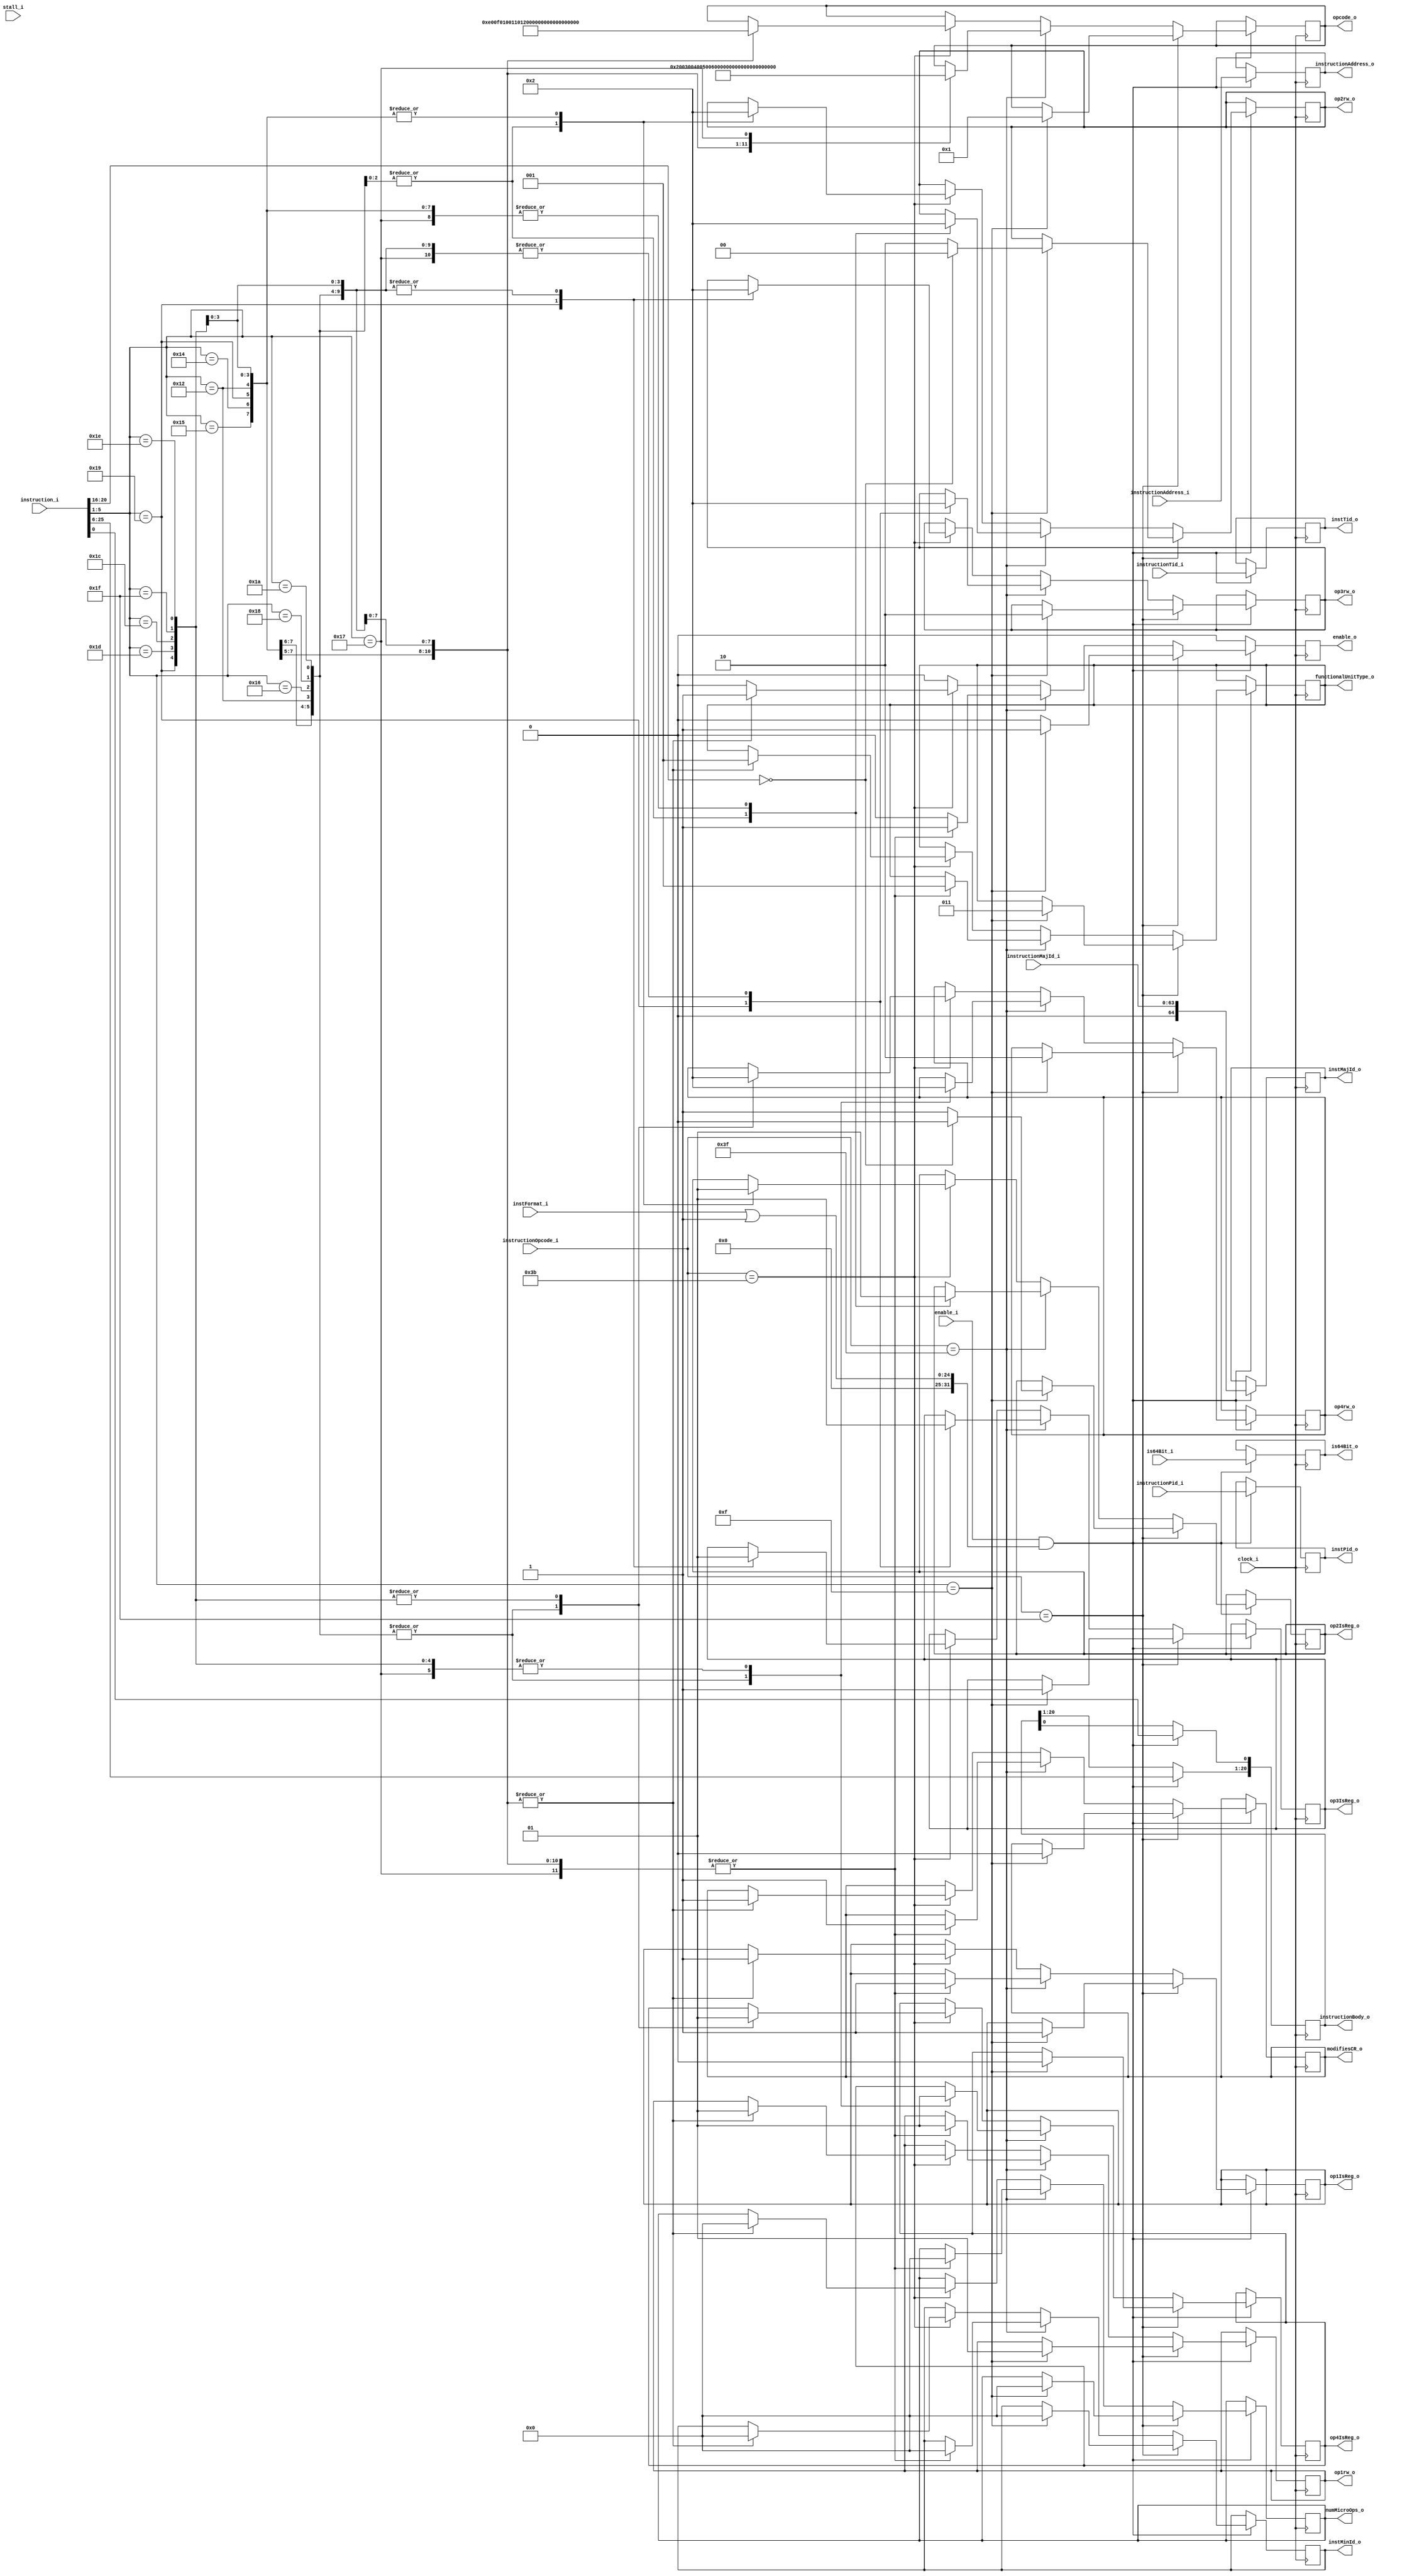
`timescale 1ns / 1ps
//`define DEBUG
//`define DEBUG_PRINT
//`define QUIET_INVALID
/*/////////Format decode/////////////
Writen by Josh "Hakaru" Cantwell - 02.12.2022

This decoder implements all A format instruction specified in the POWER ISA version 3.0B.
This decoder implements opcodes 1-24

TODO:
Implement outputs for special registers access

A format instructions are composed of 4 register sized operands and a single 1 bit flag however not all are used for every instruction, in that case they are ignored.
These are described as below:
Operand 1 [6:11]
FRT - Field used to specify a FPR to be used as a target
RT - Field used o specify a GPR to be used as a target

Operand 2 [11:15]
Na - Not used
FRA - Field used to specify a FPR to be used as a source
RA - Field used to specify a GTP to be used as a source or a target

Operand 3 [16:20]
FRB - Field used to specify a FPR to be used as a source
Na - Not used
RB - Field used to specify a GTP to be used as a source

operand 4 [21:25]
Na - Not used
FRC - Field used to specify a FPR to be used as a source
BC - Used to specify a bit in the CR to be used as a source

operand 5 [31]
RC - Record bit, if RC == 0, do not alter CR, if RC == 1, set teh CR field 0 or field 1 as described in section 2.3.1 on page 30 of POWER ISA version 3.0B

A format instructions are:
Integer select
Floating Add
Floating Subtract
Floating Multiply
Floating Divide
Floating Square Root
Floating Reciprocal Estimate
Floating Reciprocal Square Root Estimate
Floating Multiply-Add
Floating Multiply-Subtract
Floating Negative Multiply-Add
Floating Negative Multiply-Subtract
Floating Select
Floating Add Single
Floating Subtract Single
Floating Multiply Single
Floating Divide Single
Floating Square Root Single
Floating Reciprocal Estimate Single
Floating Reciprocal Square Root Estimate Single
Floating Multiply-Add Single
Floating Multiply-Subtract Single
Floating Negative Multiply-Add Single
Floating Negative Multiply-Subtract Single
*/

module AFormatDecoder
#(
    parameter addressWidth = 64, //addresses are 64 bits wide
    parameter instructionWidth = 4 * 8, // POWER instructions are 4 byte fixed sized
    parameter PidSize = 32, parameter TidSize = 64,
    parameter instructionCounterWidth = 64,// 64 bit counter to uniquly identify instructions, this is known as the major ID as instructions may be broken into micro instructions which will have the same major ID yet unique minor IDs
    parameter instMinIdWidth = 5,
    parameter opcodeSize = 12,
    parameter PrimOpcodeSize = 6, parameter regSize = 5, parameter XOSize = 5,
    parameter regAccessPatternSize = 2,//2 bit field, [0] == is read, [1] == is writen. Both can be true EG: (A = A + B)
    parameter regRead = 2'b10, parameter regWrite = 2'b01, 
    parameter immediateSize = 24,
    parameter funcUnitCodeSize = 3, //can have up to 8 types of func unit.
    //FX = int, FP = float, VX = vector, CR = condition, LS = load/store
    parameter FXUnitId = 0, parameter FPUnitId = 1, parameter VXUnitId = 2, parameter CRUnitId = 3, parameter LSUnitId = 4,     
    parameter A = 2**00, parameter ADecoderInstance = 0
)
(
    ///Input
    //command
    input wire clock_i,
`ifdef DEBUG_PRINT 
    input wire reset_i,
`endif
    input wire enable_i, stall_i,
    //Data
    input wire [0:25-1] instFormat_i,
    input wire [0:PrimOpcodeSize-1] instructionOpcode_i,
    input wire [0:instructionWidth-1] instruction_i,
    input wire [0:addressWidth-1] instructionAddress_i,
    input wire is64Bit_i,
    input wire [0:PidSize-1] instructionPid_i,
    input wire [0:TidSize-1] instructionTid_i,
    input wire [0:instructionCounterWidth-1] instructionMajId_i,
    ///Output
    output reg enable_o,
    ///Instrution components
    //Instruction header
    output reg [0:opcodeSize-1] opcode_o,
    output reg [0:addressWidth-1] instructionAddress_o,//address of the instruction
    output reg [0:funcUnitCodeSize-1] functionalUnitType_o,//tells the backend what type of func unit to use
    output reg [0:instructionCounterWidth] instMajId_o,//major ID - the IDs are used to determine instruction order for reordering after execution
    output reg [0:instMinIdWidth-1] instMinId_o, numMicroOps_o,//minor ID - minor ID's are generated in decode. If an instruction generates multiple micro ops they are uniquely identified by the instMinId val. numMicroOps tells the OoO hardware how many uops were generated for the instruction so it can allocate space in the reorder buffer ahead of time
    output reg is64Bit_o,
    output reg [0:PidSize-1] instPid_o,//process ID
    output reg [0:TidSize-1] instTid_o,//Thread ID
    output reg [0:regAccessPatternSize-1] op1rw_o, op2rw_o, op3rw_o, op4rw_o,//reg operand are read/write flags
    output reg op1IsReg_o, op2IsReg_o, op3IsReg_o, op4IsReg_o,//Reg operands isReg flags
    output reg modifiesCR_o,//tells the backend if this instruction is going to need a copy of the CR to modify and writeback
    //Instruction body - data contents are 26 bits wide. There are also flags to include
    output reg [0:4 * regSize] instructionBody_o
);

`ifdef DEBUG_PRINT
integer debugFID;
`endif

always @(posedge clock_i)
begin
    `ifdef DEBUG_PRINT
    if(reset_i)
    begin
        case(ADecoderInstance)//If we have multiple decoders, they each get different files. The second number indicates the decoder# log file.
        0: begin 
            debugFID = $fopen("ADecode0.log", "w");
        end
        1: begin 
            debugFID = $fopen("ADecode1.log", "w");
        end
        2: begin 
            debugFID = $fopen("ADecode2.log", "w");
        end
        3: begin 
            debugFID = $fopen("ADecode3.log", "w");
        end
        4: begin 
            debugFID = $fopen("ADecode4.log", "w");
        end
        5: begin 
            debugFID = $fopen("ADecode5.log", "w");
        end
        6: begin 
            debugFID = $fopen("ADecode6.log", "w");
        end
        7: begin 
            debugFID = $fopen("ADecode7.log", "w");
        end
        endcase
    end
    else `endif if(enable_i == 1 && (instFormat_i | A))
    begin
        `ifndef QUIET_INVALID
        `ifdef DEBUG $display("A format instruction recieved"); `endif
        `ifdef DEBUG_PRINT $fdisplay(debugFID, "A format instruction recieved"); `endif
        `endif
        //Parse the instruction agnostic parts of the instruction
        instructionAddress_o <= instructionAddress_i;
        instMajId_o <= instructionMajId_i;
        instPid_o <= instructionPid_i; instTid_o <= instructionTid_i;
        is64Bit_o <= is64Bit_i;
        //parse the instruction
        instructionBody_o[0+:4 * regSize] <= instruction_i[6:25];//Copy the reg sized fields
        instructionBody_o[4*regSize] <= instruction_i[31];//copy the RC flag

        if(instructionOpcode_i == 31)
        begin
            case(instruction_i[26+:XOSize])
            15: begin//Integer select
                opcode_o <= 1;
                `ifdef DEBUG $display("Decode 2 A-form Inst: %d. Opcode: %b (%d), Xopcode: %b (%d). Integer Select instruction", instructionMajId_i, instructionOpcode_i, instructionOpcode_i, instruction_i[26+:XOSize], instruction_i[26+:XOSize]); `endif
                `ifdef DEBUG_PRINT $fdisplay(debugFID, "Decode 2 A-form Inst: %d. Opcode: %b (%d), Xopcode: %b (%d). Integer Select instruction", instructionMajId_i, instructionOpcode_i, instructionOpcode_i, instruction_i[26+:XOSize], instruction_i[26+:XOSize]); `endif
                //Special Regs: Na
                instMinId_o <= 0;
                numMicroOps_o <= 0;
                functionalUnitType_o <= CRUnitId;

                //Operand isReg and read/write:
                op1IsReg_o <= 1; op1rw_o <= regWrite;
                if(instruction_i[11+:regSize] == 0)//if RA == 0
                begin
                    op2IsReg_o <= 0; op2rw_o <= 2'b00;//treat as imm
                end
                else
                begin
                    op2IsReg_o <= 1; op2rw_o <= regRead;
                end
                
                op3IsReg_o <= 1; op3rw_o <= regRead;
                op4IsReg_o <= 0; op4rw_o <= regRead;
                modifiesCR_o <= 0;
                //set the functional unit to handle the instruction
                enable_o <= 1;
            end
            default: begin
                `ifndef QUIET_INVALID//invalid instructions are not reported to clean up output
                `ifdef DEBUG $display("Decode 2 A-form Inst: %d. Opcode: %b (%d), Xopcode: %b (%d). Invalid instrution revieved", instructionMajId_i, instructionOpcode_i, instructionOpcode_i, instruction_i[26+:XOSize], instruction_i[26+:XOSize]); `endif
                `ifdef DEBUG_PRINT $fdisplay(debugFID, "Decode 2 A-form Inst: %d. Opcode: %b (%d), Xopcode: %b (%d). Invalid instrution revieved", instructionMajId_i, instructionOpcode_i, instructionOpcode_i, instruction_i[26+:XOSize], instruction_i[26+:XOSize]); `endif
                `endif
                enable_o <= 0; 
            end
            endcase
        end
        else if(instructionOpcode_i == 63)
        begin
            case(instruction_i[26+:XOSize])
            21: begin//Floating Add
                `ifdef DEBUG $display("Decode 2 A-form Inst: %d. Opcode: %b (%d), Xopcode: %b (%d). Floating Add", instructionMajId_i, instructionOpcode_i, instructionOpcode_i, instruction_i[26+:XOSize], instruction_i[26+:XOSize]); `endif
                `ifdef DEBUG_PRINT $fdisplay(debugFID, "Decode 2 A-form Inst: %d. Opcode: %b (%d), Xopcode: %b (%d). Floating Add", instructionMajId_i, instructionOpcode_i, instructionOpcode_i, instruction_i[26+:XOSize], instruction_i[26+:XOSize]); `endif
                //Special regs: FPRF FR FI FX OX UX XX VXSNAN VXISI CR1
                opcode_o <= 2;
                instMinId_o <= 0; numMicroOps_o <= 0;

                op1IsReg_o <= 1; op1rw_o <= regWrite;
                op2IsReg_o <= 1; op2rw_o <= regRead;
                op3IsReg_o <= 1; op3rw_o <= regRead;
                op4IsReg_o <= 0; op4rw_o <= 2'b00;//Not used
                functionalUnitType_o <= FPUnitId;    
                modifiesCR_o <= 1; 
                enable_o <= 1;      
            end
            20: begin//Floating Subtract
                `ifdef DEBUG $display("Decode 2 A-form Inst: %d. Opcode: %b (%d), Xopcode: %b (%d). Floating Subtract", instructionMajId_i, instructionOpcode_i, instructionOpcode_i, instruction_i[26+:XOSize], instruction_i[26+:XOSize]); `endif
                `ifdef DEBUG_PRINT $fdisplay(debugFID, "Decode 2 A-form Inst: %d. Opcode: %b (%d), Xopcode: %b (%d). Floating Subtract", instructionMajId_i, instructionOpcode_i, instructionOpcode_i, instruction_i[26+:XOSize], instruction_i[26+:XOSize]); `endif
                //Special regs: FPRF FR FI FX OX UX XX VXSNAN VXISI CR1
                opcode_o <= 3;
                instMinId_o <= 0; numMicroOps_o <= 0;
                op1IsReg_o <= 1; op1rw_o <= regWrite;
                op2IsReg_o <= 1; op2rw_o <= regRead;
                op3IsReg_o <= 1; op3rw_o <= regRead;
                op4IsReg_o <= 0; op4rw_o <= 2'b00;//Not used

                functionalUnitType_o <= FPUnitId;   
                modifiesCR_o <= 1;
                enable_o <= 1;        
            end
            25: begin//Floating Multiply
                `ifdef DEBUG $display("Decode 2 A-form Inst: %d. Opcode: %b (%d), Xopcode: %b (%d). Floating multiply", instructionMajId_i, instructionOpcode_i, instructionOpcode_i, instruction_i[26+:XOSize], instruction_i[26+:XOSize]); `endif
                `ifdef DEBUG_PRINT $fdisplay(debugFID, "Decode 2 A-form Inst: %d. Opcode: %b (%d), Xopcode: %b (%d). Floating multiply", instructionMajId_i, instructionOpcode_i, instructionOpcode_i, instruction_i[26+:XOSize], instruction_i[26+:XOSize]); `endif
                //Special regs: FPRF FR FI FX OX UX XX VXSNAN VXIMZ CR1
                opcode_o <= 4;
                instMinId_o <= 0; numMicroOps_o <= 0;

                op1IsReg_o <= 1; op1rw_o <= regWrite;
                op2IsReg_o <= 1; op2rw_o <= regRead;
                op3IsReg_o <= 0; op3rw_o <= 2'b00;//Not used
                op4IsReg_o <= 1; op4rw_o <= regRead;

                functionalUnitType_o <= FPUnitId;   
                modifiesCR_o <= 1;
                enable_o <= 1;        
            end
            18: begin//Floating Divide
                `ifdef DEBUG $display("Decode 2 A-form Inst: %d. Opcode: %b (%d), Xopcode: %b (%d). Floating divide", instructionMajId_i, instructionOpcode_i, instructionOpcode_i, instruction_i[26+:XOSize], instruction_i[26+:XOSize]); `endif
                `ifdef DEBUG_PRINT $fdisplay(debugFID, "Decode 2 A-form Inst: %d. Opcode: %b (%d), Xopcode: %b (%d). Floating divide", instructionMajId_i, instructionOpcode_i, instructionOpcode_i, instruction_i[26+:XOSize], instruction_i[26+:XOSize]); `endif
                //Special regs: FPRF FR FI FX OX UX XX VXSNAN VXIDI VXZDZ CR1
                opcode_o <= 5;
                instMinId_o <= 0; numMicroOps_o <= 0;
                op1IsReg_o <= 1; op1rw_o <= regWrite;
                op2IsReg_o <= 1; op2rw_o <= regRead;
                op3IsReg_o <= 1; op3rw_o <= regRead;
                op4IsReg_o <= 0; op4rw_o <= 2'b00;//Not used
                
                functionalUnitType_o <= FPUnitId;   
                modifiesCR_o <= 1;
                enable_o <= 1;        
            end
            22: begin//Floating Square Root
                `ifdef DEBUG $display("Decode 2 A-form Inst: %d. Opcode: %b (%d), Xopcode: %b (%d). Floating square root", instructionMajId_i, instructionOpcode_i, instructionOpcode_i, instruction_i[26+:XOSize], instruction_i[26+:XOSize]); `endif
                `ifdef DEBUG_PRINT $fdisplay(debugFID, "Decode 2 A-form Inst: %d. Opcode: %b (%d), Xopcode: %b (%d). Floating square root", instructionMajId_i, instructionOpcode_i, instructionOpcode_i, instruction_i[26+:XOSize], instruction_i[26+:XOSize]); `endif
                //Special regs: FPRF FR FI FX OX UX XX VXSNAN VXSQRT CR1
                opcode_o <= 6;
                instMinId_o <= 0; numMicroOps_o <= 0;
                op1IsReg_o <= 1; op1rw_o <= regWrite;
                op2IsReg_o <= 0; op2rw_o <= 2'b00;//Not used
                op3IsReg_o <= 1; op3rw_o <= regRead;
                op4IsReg_o <= 0; op4rw_o <= 2'b00;//Not used
                
                functionalUnitType_o <= FPUnitId;
                modifiesCR_o <= 1;
                enable_o <= 1;           
            end
            24: begin//Floating Reciprocal Estimate
                `ifdef DEBUG $display("Decode 2 A-form Inst: %d. Opcode: %b (%d), Xopcode: %b (%d). Floating Reciprocal Estimate", instructionMajId_i, instructionOpcode_i, instructionOpcode_i, instruction_i[26+:XOSize], instruction_i[26+:XOSize]); `endif
                `ifdef DEBUG_PRINT $fdisplay(debugFID, "Decode 2 A-form Inst: %d. Opcode: %b (%d), Xopcode: %b (%d). Floating Reciprocal Estimate", instructionMajId_i, instructionOpcode_i, instructionOpcode_i, instruction_i[26+:XOSize], instruction_i[26+:XOSize]); `endif
                //Special regs: FPRF FR (undefined) FI (undefined) FX OX UX XX (undefined) VXSNAN CR1
                opcode_o <= 7;
                instMinId_o <= 0; numMicroOps_o <= 0;
                op1IsReg_o <= 1; op1rw_o <= regWrite;
                op2IsReg_o <= 0; op2rw_o <= 2'b00;//Not used
                op3IsReg_o <= 1; op3rw_o <= regRead;
                op4IsReg_o <= 0; op4rw_o <= 2'b00;//Not used
                functionalUnitType_o <= FPUnitId;  
                modifiesCR_o <= 1;
                enable_o <= 1;         
            end
            26: begin//Floating Reciprocal Square Root Estimate
                `ifdef DEBUG $display("Decode 2 A-form Inst: %d. Opcode: %b (%d), Xopcode: %b (%d). Floating reciprocal Square Root Estimate", instructionMajId_i, instructionOpcode_i, instructionOpcode_i, instruction_i[26+:XOSize], instruction_i[26+:XOSize]); `endif
                `ifdef DEBUG_PRINT $fdisplay(debugFID, "Decode 2 A-form Inst: %d. Opcode: %b (%d), Xopcode: %b (%d). Floating reciprocal Square Root Estimate", instructionMajId_i, instructionOpcode_i, instructionOpcode_i, instruction_i[26+:XOSize], instruction_i[26+:XOSize]); `endif
                //Special regs: FPRF FR (undefined) FI (undefined) FX OX UX ZX XX (undefined) VXSNAN VXSQRT CR1
                opcode_o <= 8;
                instMinId_o <= 0; numMicroOps_o <= 0;
                op1IsReg_o <= 1; op1rw_o <= regWrite;
                op2IsReg_o <= 0; op2rw_o <= 2'b00;//Not used
                op3IsReg_o <= 1; op3rw_o <= regRead;
                op4IsReg_o <= 0; op4rw_o <= 2'b00;//Not used
                functionalUnitType_o <= FPUnitId; 
                modifiesCR_o <= 1;
                enable_o <= 1;          
            end
            29: begin//Floating Multiply-Add
                `ifdef DEBUG $display("Decode 2 A-form Inst: %d. Opcode: %b (%d), Xopcode: %b (%d). Floating Multiply-Add", instructionMajId_i, instructionOpcode_i, instructionOpcode_i, instruction_i[26+:XOSize], instruction_i[26+:XOSize]); `endif
                `ifdef DEBUG_PRINT $fdisplay(debugFID, "Decode 2 A-form Inst: %d. Opcode: %b (%d), Xopcode: %b (%d). Floating Multiply-Add", instructionMajId_i, instructionOpcode_i, instructionOpcode_i, instruction_i[26+:XOSize], instruction_i[26+:XOSize]); `endif
                //Special regs: FPRF FR FI FX OX UX XX VXSNAN VXISI VXIMZ CR1
                opcode_o <= 9;
                instMinId_o <= 0; numMicroOps_o <= 0;
                op1IsReg_o <= 1; op1rw_o <= regWrite;
                op2IsReg_o <= 1; op2rw_o <= regRead;
                op3IsReg_o <= 1; op3rw_o <= regRead;
                op4IsReg_o <= 1; op4rw_o <= regRead;
                functionalUnitType_o <= FPUnitId;   
                modifiesCR_o <= 1; 
                enable_o <= 1;      
            end
            28: begin//Floating Multiply-Subtract
                `ifdef DEBUG $display("Decode 2 A-form Inst: %d. Opcode: %b (%d), Xopcode: %b (%d). Floating Multiply-Subtract", instructionMajId_i, instructionOpcode_i, instructionOpcode_i, instruction_i[26+:XOSize], instruction_i[26+:XOSize]); `endif
                `ifdef DEBUG_PRINT $fdisplay(debugFID, "Decode 2 A-form Inst: %d. Opcode: %b (%d), Xopcode: %b (%d). Floating Multiply-Subtract", instructionMajId_i, instructionOpcode_i, instructionOpcode_i, instruction_i[26+:XOSize], instruction_i[26+:XOSize]); `endif
                //Special regs: FPRF FR FI FX OX UX XX VXSNAN VXISI VXIMZ CR1
                opcode_o <= 10;
                instMinId_o <= 0; numMicroOps_o <= 0;
                op1IsReg_o <= 1; op1rw_o <= regWrite;
                op2IsReg_o <= 1; op2rw_o <= regRead;
                op3IsReg_o <= 1; op3rw_o <= regRead;
                op4IsReg_o <= 1; op4rw_o <= regRead;
                functionalUnitType_o <= FPUnitId;     
                modifiesCR_o <= 1;
                enable_o <= 1;      
            end
            31: begin//Floating Negative Multiply-Add
                `ifdef DEBUG $display("Decode 2 A-form Inst: %d. Opcode: %b (%d), Xopcode: %b (%d). Floating Negative Multiply-Add", instructionMajId_i, instructionOpcode_i, instructionOpcode_i, instruction_i[26+:XOSize], instruction_i[26+:XOSize]); `endif
                `ifdef DEBUG_PRINT $fdisplay(debugFID, "Decode 2 A-form Inst: %d. Opcode: %b (%d), Xopcode: %b (%d). Floating Negative Multiply-Add", instructionMajId_i, instructionOpcode_i, instructionOpcode_i, instruction_i[26+:XOSize], instruction_i[26+:XOSize]); `endif
                //Special regs: FPRF FR FI FX OX UX XX VXSNAN VXISI VXIMZ CR1
                opcode_o <= 11;
                instMinId_o <= 0; numMicroOps_o <= 0;
                op1IsReg_o <= 1; op1rw_o <= regWrite;
                op2IsReg_o <= 1; op2rw_o <= regRead;
                op3IsReg_o <= 1; op3rw_o <= regRead;
                op4IsReg_o <= 1; op4rw_o <= regRead;
                functionalUnitType_o <= FPUnitId;       
                modifiesCR_o <= 1;
                enable_o <= 1;    
            end
            30: begin//Floating Negative Multiply-Subtract
                `ifdef DEBUG $display("Decode 2 A-form Inst: %d. Opcode: %b (%d), Xopcode: %b (%d). Floating Negative Multiply-Subtract", instructionMajId_i, instructionOpcode_i, instructionOpcode_i, instruction_i[26+:XOSize], instruction_i[26+:XOSize]); `endif
                `ifdef DEBUG_PRINT $fdisplay(debugFID,
                 "Decode 2 A-form Inst: %d. Opcode: %b (%d), Xopcode: %b (%d). Floating Negative Multiply-Subtract", instructionMajId_i, instructionOpcode_i, instructionOpcode_i, instruction_i[26+:XOSize], instruction_i[26+:XOSize]); `endif
                 //Special regs: FPRF FR FI FX OX UX XX VXSNAN VXISI VXIMZ CR1
                opcode_o <= 12;
                instMinId_o <= 0; numMicroOps_o <= 0;
                op1IsReg_o <= 1; op1rw_o <= regWrite;
                op2IsReg_o <= 1; op2rw_o <= regRead;
                op3IsReg_o <= 1; op3rw_o <= regRead;
                op4IsReg_o <= 1; op4rw_o <= regRead;
                functionalUnitType_o <= FPUnitId;      
                modifiesCR_o <= 1;
                enable_o <= 1;     
            end
            23: begin//Floating Select
                `ifdef DEBUG $display("Decode 2 A-form Inst: %d. Opcode: %b (%d), Xopcode: %b (%d). Floating Select", instructionMajId_i, instructionOpcode_i, instructionOpcode_i, instruction_i[26+:XOSize], instruction_i[26+:XOSize]); `endif
                `ifdef DEBUG_PRINT $fdisplay(debugFID, "Decode 2 A-form Inst: %d. Opcode: %b (%d), Xopcode: %b (%d). Floating Select", instructionMajId_i, instructionOpcode_i, instructionOpcode_i, instruction_i[26+:XOSize], instruction_i[26+:XOSize]); `endif
                //Special regs: CR1
                opcode_o <= 13;
                instMinId_o <= 0; numMicroOps_o <= 0;
                op1IsReg_o <= 1; op1rw_o <= regWrite;
                op2IsReg_o <= 1; op2rw_o <= regRead;
                op3IsReg_o <= 1; op3rw_o <= regRead;
                op4IsReg_o <= 1; op4rw_o <= regRead;
                functionalUnitType_o <= FPUnitId;     
                modifiesCR_o <= 1; 
                enable_o <= 1;     
            end
            default: begin
                `ifndef QUIET_INVALID//invalid instructions are not reported to clean up output
                `ifdef DEBUG $display("Decode 2 A-form Inst: %d. Opcode: %b (%d), Xopcode: %b (%d). Invalid instrution revieved", instructionMajId_i, instructionOpcode_i, instructionOpcode_i, instruction_i[26+:XOSize], instruction_i[26+:XOSize]); `endif
                `ifdef DEBUG_PRINT $fdisplay(debugFID, "Decode 2 A-form Inst: %d. Opcode: %b (%d), Xopcode: %b (%d). Invalid instrution revieved", instructionMajId_i, instructionOpcode_i, instructionOpcode_i, instruction_i[26+:XOSize], instruction_i[26+:XOSize]); `endif
                `endif
                enable_o <= 0;
            end
            endcase
        end
        else if(instructionOpcode_i == 59)//11 instructions
        begin
            case(instruction_i[26+:XOSize])
            21: begin//Floating Add Single
                `ifdef DEBUG $display("Decode 2 A-form Inst: %d. Opcode: %b (%d), Xopcode: %b (%d). Floating Add Single", instructionMajId_i, instructionOpcode_i, instructionOpcode_i, instruction_i[26+:XOSize], instruction_i[26+:XOSize]); `endif
                `ifdef DEBUG_PRINT $fdisplay(debugFID, "Decode 2 A-form Inst: %d. Opcode: %b (%d), Xopcode: %b (%d). Floating Add Single", instructionMajId_i, instructionOpcode_i, instructionOpcode_i, instruction_i[26+:XOSize], instruction_i[26+:XOSize]); `endif
                //Special regs: FPRF FR FI FX OX UX XX VXSNAN VXISI CR1
                opcode_o <= 14;
                instMinId_o <= 0; numMicroOps_o <= 0;
                op1IsReg_o <= 1; op1rw_o <= regWrite;
                op2IsReg_o <= 1; op2rw_o <= regRead;
                op3IsReg_o <= 1; op3rw_o <= regRead;
                op4IsReg_o <= 0; op4rw_o <= 2'b00;//Not used
                functionalUnitType_o <= FPUnitId; 
                modifiesCR_o <= 1;
                enable_o <= 1;          
            end
            20: begin//Floating Subtract Single
                `ifdef DEBUG $display("Decode 2 A-form Inst: %d. Opcode: %b (%d), Xopcode: %b (%d). Floating Subtract Single", instructionMajId_i, instructionOpcode_i, instructionOpcode_i, instruction_i[26+:XOSize], instruction_i[26+:XOSize]); `endif
                `ifdef DEBUG_PRINT $fdisplay(debugFID, "Decode 2 A-form Inst: %d. Opcode: %b (%d), Xopcode: %b (%d). Floating Subtract Single", instructionMajId_i, instructionOpcode_i, instructionOpcode_i, instruction_i[26+:XOSize], instruction_i[26+:XOSize]); `endif
                //Special regs: FPRF FR FI FX OX UX XX VXSNAN VXISI CR1
                opcode_o <= 15;
                instMinId_o <= 0; numMicroOps_o <= 0;
                op1IsReg_o <= 1; op1rw_o <= regWrite;
                op2IsReg_o <= 1; op2rw_o <= regRead;
                op3IsReg_o <= 1; op3rw_o <= regRead;
                op4IsReg_o <= 0; op4rw_o <= 2'b00;//Not used
                functionalUnitType_o <= FPUnitId; 
                modifiesCR_o <= 1;         
                enable_o <= 1; 
            end
            25: begin//Floating Multiply Single
                `ifdef DEBUG $display("Decode 2 A-form Inst: %d. Opcode: %b (%d), Xopcode: %b (%d). Floating Multiply Single", instructionMajId_i, instructionOpcode_i, instructionOpcode_i, instruction_i[26+:XOSize], instruction_i[26+:XOSize]); `endif
                `ifdef DEBUG_PRINT $fdisplay(debugFID, "Decode 2 A-form Inst: %d. Opcode: %b (%d), Xopcode: %b (%d). Floating Multiply Single", instructionMajId_i, instructionOpcode_i, instructionOpcode_i, instruction_i[26+:XOSize], instruction_i[26+:XOSize]); `endif
                //Special regs: FPRF FR FI FX OX UX XX VXSNAN VXIMZ CR1
                opcode_o <= 16;
                instMinId_o <= 0; numMicroOps_o <= 0;
                op1IsReg_o <= 1; op1rw_o <= regWrite;
                op2IsReg_o <= 1; op2rw_o <= regRead;
                op3IsReg_o <= 0; op3rw_o <= 2'b00;//Not used
                op4IsReg_o <= 1; op4rw_o <= regRead;
                functionalUnitType_o <= FPUnitId;   
                modifiesCR_o <= 1;  
                enable_o <= 1;      
            end
            18: begin//Floating Divide Single
                `ifdef DEBUG $display("Decode 2 A-form Inst: %d. Opcode: %b (%d), Xopcode: %b (%d). Floating Divide Single", instructionMajId_i, instructionOpcode_i, instructionOpcode_i, instruction_i[26+:XOSize], instruction_i[26+:XOSize]); `endif
                `ifdef DEBUG_PRINT $fdisplay(debugFID, "Decode 2 A-form Inst: %d. Opcode: %b (%d), Xopcode: %b (%d). Floating Divide Single", instructionMajId_i, instructionOpcode_i, instructionOpcode_i, instruction_i[26+:XOSize], instruction_i[26+:XOSize]); `endif
                //Special regs: FPRF FR FI FX OX UX XX VXSNAN VXIDI VXZDZ CR1
                opcode_o <= 17;
                instMinId_o <= 0; numMicroOps_o <= 0;
                op1IsReg_o <= 1; op1rw_o <= regWrite;
                op2IsReg_o <= 1; op2rw_o <= regRead;
                op3IsReg_o <= 1; op3rw_o <= regRead;
                op4IsReg_o <= 0; op4rw_o <= 2'b00;//Not used
                functionalUnitType_o <= FPUnitId;
                modifiesCR_o <= 1;     
                enable_o <= 1;      
            end
            22: begin//Floating Square Root Single
                `ifdef DEBUG $display("Decode 2 A-form Inst: %d. Opcode: %b (%d), Xopcode: %b (%d). Floating Square Root Single", instructionMajId_i, instructionOpcode_i, instructionOpcode_i, instruction_i[26+:XOSize], instruction_i[26+:XOSize]); `endif
                `ifdef DEBUG_PRINT $fdisplay(debugFID, "Decode 2 A-form Inst: %d. Opcode: %b (%d), Xopcode: %b (%d). Floating Square Root Single", instructionMajId_i, instructionOpcode_i, instructionOpcode_i, instruction_i[26+:XOSize], instruction_i[26+:XOSize]); `endif
                //Special regs: FPRF FR FI FX OX UX XX VXSNAN VXSQRT CR1
                opcode_o <= 18;
                instMinId_o <= 0; numMicroOps_o <= 0;
                op1IsReg_o <= 1; op1rw_o <= regWrite;
                op2IsReg_o <= 0; op2rw_o <= 2'b00;//Not used
                op3IsReg_o <= 1; op3rw_o <= regRead;
                op4IsReg_o <= 0; op4rw_o <= 2'b00;//Not used
                functionalUnitType_o <= FPUnitId; 
                modifiesCR_o <= 1;   
                enable_o <= 1;       
            end
            24: begin//Floating Reciprocal Estimate Single
                `ifdef DEBUG $display("Decode 2 A-form Inst: %d. Opcode: %b (%d), Xopcode: %b (%d). Floating Reciprocal Estimate Single", instructionMajId_i, instructionOpcode_i, instructionOpcode_i, instruction_i[26+:XOSize], instruction_i[26+:XOSize]); `endif
                `ifdef DEBUG_PRINT $fdisplay(debugFID, "Decode 2 A-form Inst: %d. Opcode: %b (%d), Xopcode: %b (%d). Floating Reciprocal Estimate Single", instructionMajId_i, instructionOpcode_i, instructionOpcode_i, instruction_i[26+:XOSize], instruction_i[26+:XOSize]); `endif
                //Special regs: FPRF FR (undefined) FI (undefined) FX OX UX XX (undefined) VXSNAN CR1
                opcode_o <= 19;
                instMinId_o <= 0; numMicroOps_o <= 0;
                op1IsReg_o <= 1; op1rw_o <= regWrite;
                op2IsReg_o <= 0; op2rw_o <= 2'b00;//Not used
                op3IsReg_o <= 1; op3rw_o <= regRead;
                op4IsReg_o <= 0; op4rw_o <= 2'b00;//Not used
                functionalUnitType_o <= FPUnitId;    
                modifiesCR_o <= 1;
                enable_o <= 1;       
            end
            26: begin//Floating Reciprocal Square Root Estimate Single
                `ifdef DEBUG $display("Decode 2 A-form Inst: %d. Opcode: %b (%d), Xopcode: %b (%d). Floating Reciprocal Square Root Estimate Single", instructionMajId_i, instructionOpcode_i, instructionOpcode_i, instruction_i[26+:XOSize], instruction_i[26+:XOSize]); `endif
                `ifdef DEBUG_PRINT $fdisplay(debugFID, "Decode 2 A-form Inst: %d. Opcode: %b (%d), Xopcode: %b (%d). Floating Reciprocal Square Root Estimate Single", instructionMajId_i, instructionOpcode_i, instructionOpcode_i, instruction_i[26+:XOSize], instruction_i[26+:XOSize]); `endif                
                //Special regs: FPRF FR (undefined) FI (undefined) FX OX UX ZX XX (undefined) VXSNAN VXSQRT CR1
                opcode_o <= 20;
                instMinId_o <= 0; numMicroOps_o <= 0;
                op1IsReg_o <= 1; op1rw_o <= regWrite;
                op2IsReg_o <= 0; op2rw_o <= 2'b00;//Not used
                op3IsReg_o <= 1; op3rw_o <= regRead;
                op4IsReg_o <= 0; op4rw_o <= 2'b00;//Not used
                functionalUnitType_o <= FPUnitId;     
                modifiesCR_o <= 1;    
                enable_o <= 1;  
            end
            29: begin//Floating Multiply-Add Single
                `ifdef DEBUG $display("Decode 2 A-form Inst: %d. Opcode: %b (%d), Xopcode: %b (%d). Floating Multiply-Add Single", instructionMajId_i, instructionOpcode_i, instructionOpcode_i, instruction_i[26+:XOSize], instruction_i[26+:XOSize]); `endif
                `ifdef DEBUG_PRINT $fdisplay(debugFID, "Decode 2 A-form Inst: %d. Opcode: %b (%d), Xopcode: %b (%d). Floating Multiply-Add Single", instructionMajId_i, instructionOpcode_i, instructionOpcode_i, instruction_i[26+:XOSize], instruction_i[26+:XOSize]); `endif                
                //Special regs: FPRF FR FI FX OX UX XX VXSNAN VXISI VXIMZ CR1
                opcode_o <= 21;
                instMinId_o <= 0; numMicroOps_o <= 0;
                op1IsReg_o <= 1; op1rw_o <= regWrite;
                op2IsReg_o <= 1; op2rw_o <= regRead;
                op3IsReg_o <= 1; op3rw_o <= regRead;
                op4IsReg_o <= 1; op4rw_o <= regRead;
                functionalUnitType_o <= FPUnitId;   
                modifiesCR_o <= 1;     
                enable_o <= 1;   
            end
            28: begin//Floating Multiply-Subtract Single
                `ifdef DEBUG $display("Decode 2 A-form Inst: %d. Opcode: %b (%d), Xopcode: %b (%d). Floating Multiply-Subtract Single", instructionMajId_i, instructionOpcode_i, instructionOpcode_i, instruction_i[26+:XOSize], instruction_i[26+:XOSize]); `endif
                `ifdef DEBUG_PRINT $fdisplay(debugFID, "Decode 2 A-form Inst: %d. Opcode: %b (%d), Xopcode: %b (%d). Floating Multiply-Subtract Single", instructionMajId_i, instructionOpcode_i, instructionOpcode_i, instruction_i[26+:XOSize], instruction_i[26+:XOSize]); `endif    
                //Special regs: FPRF FR FI FX OX UX XX VXSNAN VXISI VXIMZ CR1
                opcode_o <= 22;
                instMinId_o <= 0; numMicroOps_o <= 0;
                op1IsReg_o <= 1; op1rw_o <= regWrite;
                op2IsReg_o <= 1; op2rw_o <= regRead;
                op3IsReg_o <= 1; op3rw_o <= regRead;
                op4IsReg_o <= 1; op4rw_o <= regRead;
                functionalUnitType_o <= FPUnitId;        
                modifiesCR_o <= 1;  
                enable_o <= 1;
            end
            31: begin//Floating Negative Multiply-Add Single - not Hit
                `ifdef DEBUG $display("Decode 2 A-form Inst: %d. Opcode: %b (%d), Xopcode: %b (%d). Floating Negative Multiply-Add Single", instructionMajId_i, instructionOpcode_i, instructionOpcode_i, instruction_i[26+:XOSize], instruction_i[26+:XOSize]); `endif
                `ifdef DEBUG_PRINT $fdisplay(debugFID, "Decode 2 A-form Inst: %d. Opcode: %b (%d), Xopcode: %b (%d). Floating Negative Multiply-Add Single", instructionMajId_i, instructionOpcode_i, instructionOpcode_i, instruction_i[26+:XOSize], instruction_i[26+:XOSize]); `endif    
                //Special regs: FPRF FR FI FX OX UX XX VXSNAN VXISI VXIMZ CR1
                opcode_o <= 23;
                instMinId_o <= 0; numMicroOps_o <= 0;
                op1IsReg_o <= 1; op1rw_o <= regWrite;
                op2IsReg_o <= 1; op2rw_o <= regRead;
                op3IsReg_o <= 1; op3rw_o <= regRead;
                op4IsReg_o <= 1; op4rw_o <= regRead;
                functionalUnitType_o <= FPUnitId;      
                modifiesCR_o <= 1;
                enable_o <= 1;     
            end
            30: begin//Floating Negative Multiply-Subtract Single
                `ifdef DEBUG $display("Decode 2 A-form Inst: %d. Opcode: %b (%d), Xopcode: %b (%d). Floating Negative Multiply-Subtract Single", instructionMajId_i, instructionOpcode_i, instructionOpcode_i, instruction_i[26+:XOSize], instruction_i[26+:XOSize]); `endif
                `ifdef DEBUG_PRINT $fdisplay(debugFID, "Decode 2 A-form Inst: %d. Opcode: %b (%d), Xopcode: %b (%d). Floating Negative Multiply-Subtract Single", instructionMajId_i, instructionOpcode_i, instructionOpcode_i, instruction_i[26+:XOSize], instruction_i[26+:XOSize]); `endif    
                //Special regs: FPRF FR FI FX OX UX XX VXSNAN VXISI VXIMZ CR1
                opcode_o <= 24;
                instMinId_o <= 0; numMicroOps_o <= 0;
                op1IsReg_o <= 1; op1rw_o <= regWrite;
                op2IsReg_o <= 1; op2rw_o <= regRead;
                op3IsReg_o <= 1; op3rw_o <= regRead;
                op4IsReg_o <= 1; op4rw_o <= regRead;
                functionalUnitType_o <= FPUnitId;   
                modifiesCR_o <= 1;     
                enable_o <= 1;  
            end
            default: begin
                `ifndef QUIET_INVALID//invalid instructions are not reported to clean up output
                `ifdef DEBUG $display("Decode 2 A-form Inst:: %d. Opcode: %b (%d), Xopcode: %b (%d). Invalid instrution revieved", instructionMajId_i, instructionOpcode_i, instructionOpcode_i, instruction_i[26+:XOSize], instruction_i[26+:XOSize]); `endif
                `ifdef DEBUG_PRINT $fdisplay(debugFID, "Decode 2 A-form Inst:: %d. Opcode: %b (%d), Xopcode: %b (%d). Invalid instrution revieved", instructionMajId_i, instructionOpcode_i, instructionOpcode_i, instruction_i[26+:XOSize], instruction_i[26+:XOSize]); `endif
                `endif
                enable_o <= 0; 
            end
            endcase            
        end
        else
        begin
            enable_o <= 0; 
        end
    end
    else
    begin
        enable_o <= 0; 
    end
end    

endmodule